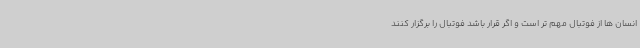
انسان ها از فوتبال مهم تر است و اگر قرار باشد فوتبال را برگزار کنند